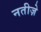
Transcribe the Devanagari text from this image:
नतीज़े